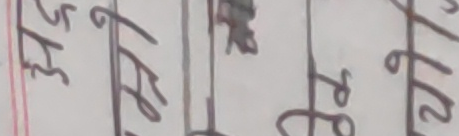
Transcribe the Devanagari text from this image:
३५ Fe Re २१